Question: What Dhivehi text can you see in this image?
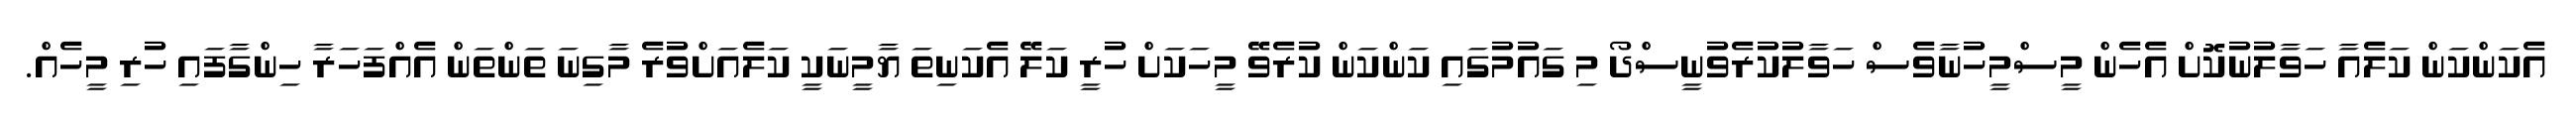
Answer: އެކަންކަން ކަލެއާ ހަވާލުނުކޮށް އެހެން މީސްމީހުނާވެސް ހަވާލުކުރެވުނީސްދޯ މި ގައުމުގައި ކަންކަން ކުރެވޭ މީހަކަށް ހުރީ ކަލޭ އެކަނިތަ ޔާމީނަކީ ކަލެއަށްވުރެ މާގިނަ ތަންތަން އެއްފަހަރާ ހިންގާފައި ހުރި މީހެއް.